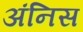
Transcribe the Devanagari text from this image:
अंनिस